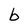
Character: b